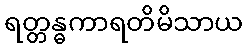
ရတ္တန္ဓကာရတိမိသာယ